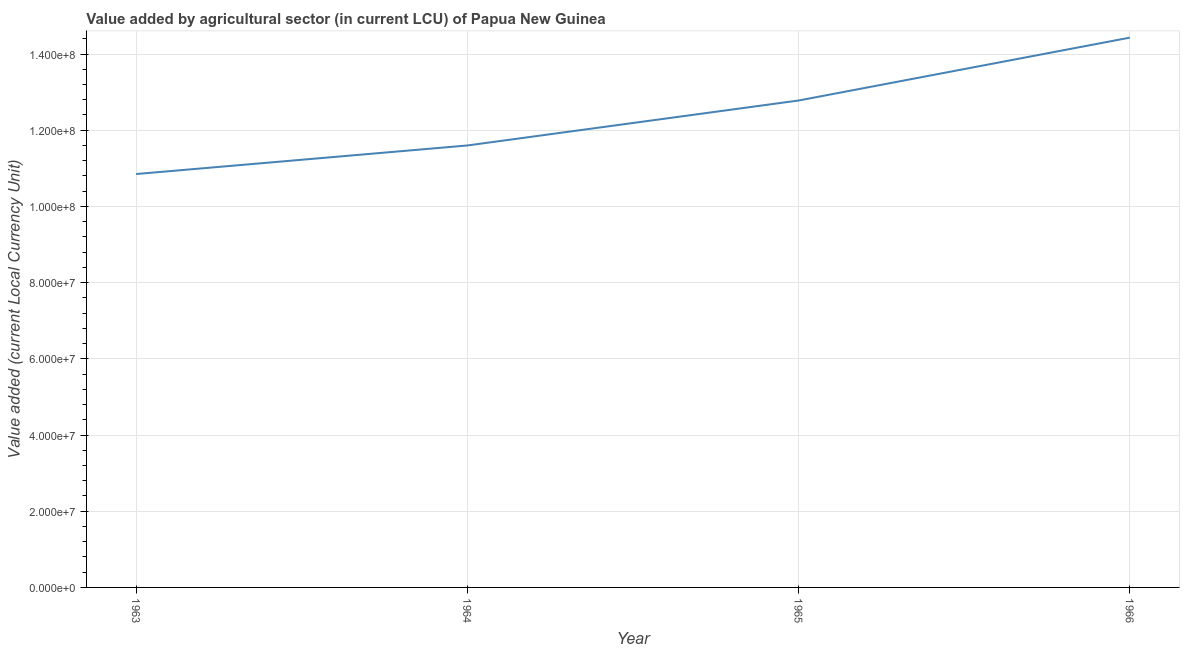
| Year | Agriculture |
 | --- | --- |
 | 1963 | 1.08e+08 |
 | 1964 | 1.16e+08 |
 | 1965 | 1.28e+08 |
 | 1966 | 1.44e+08 |